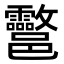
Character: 𨟮